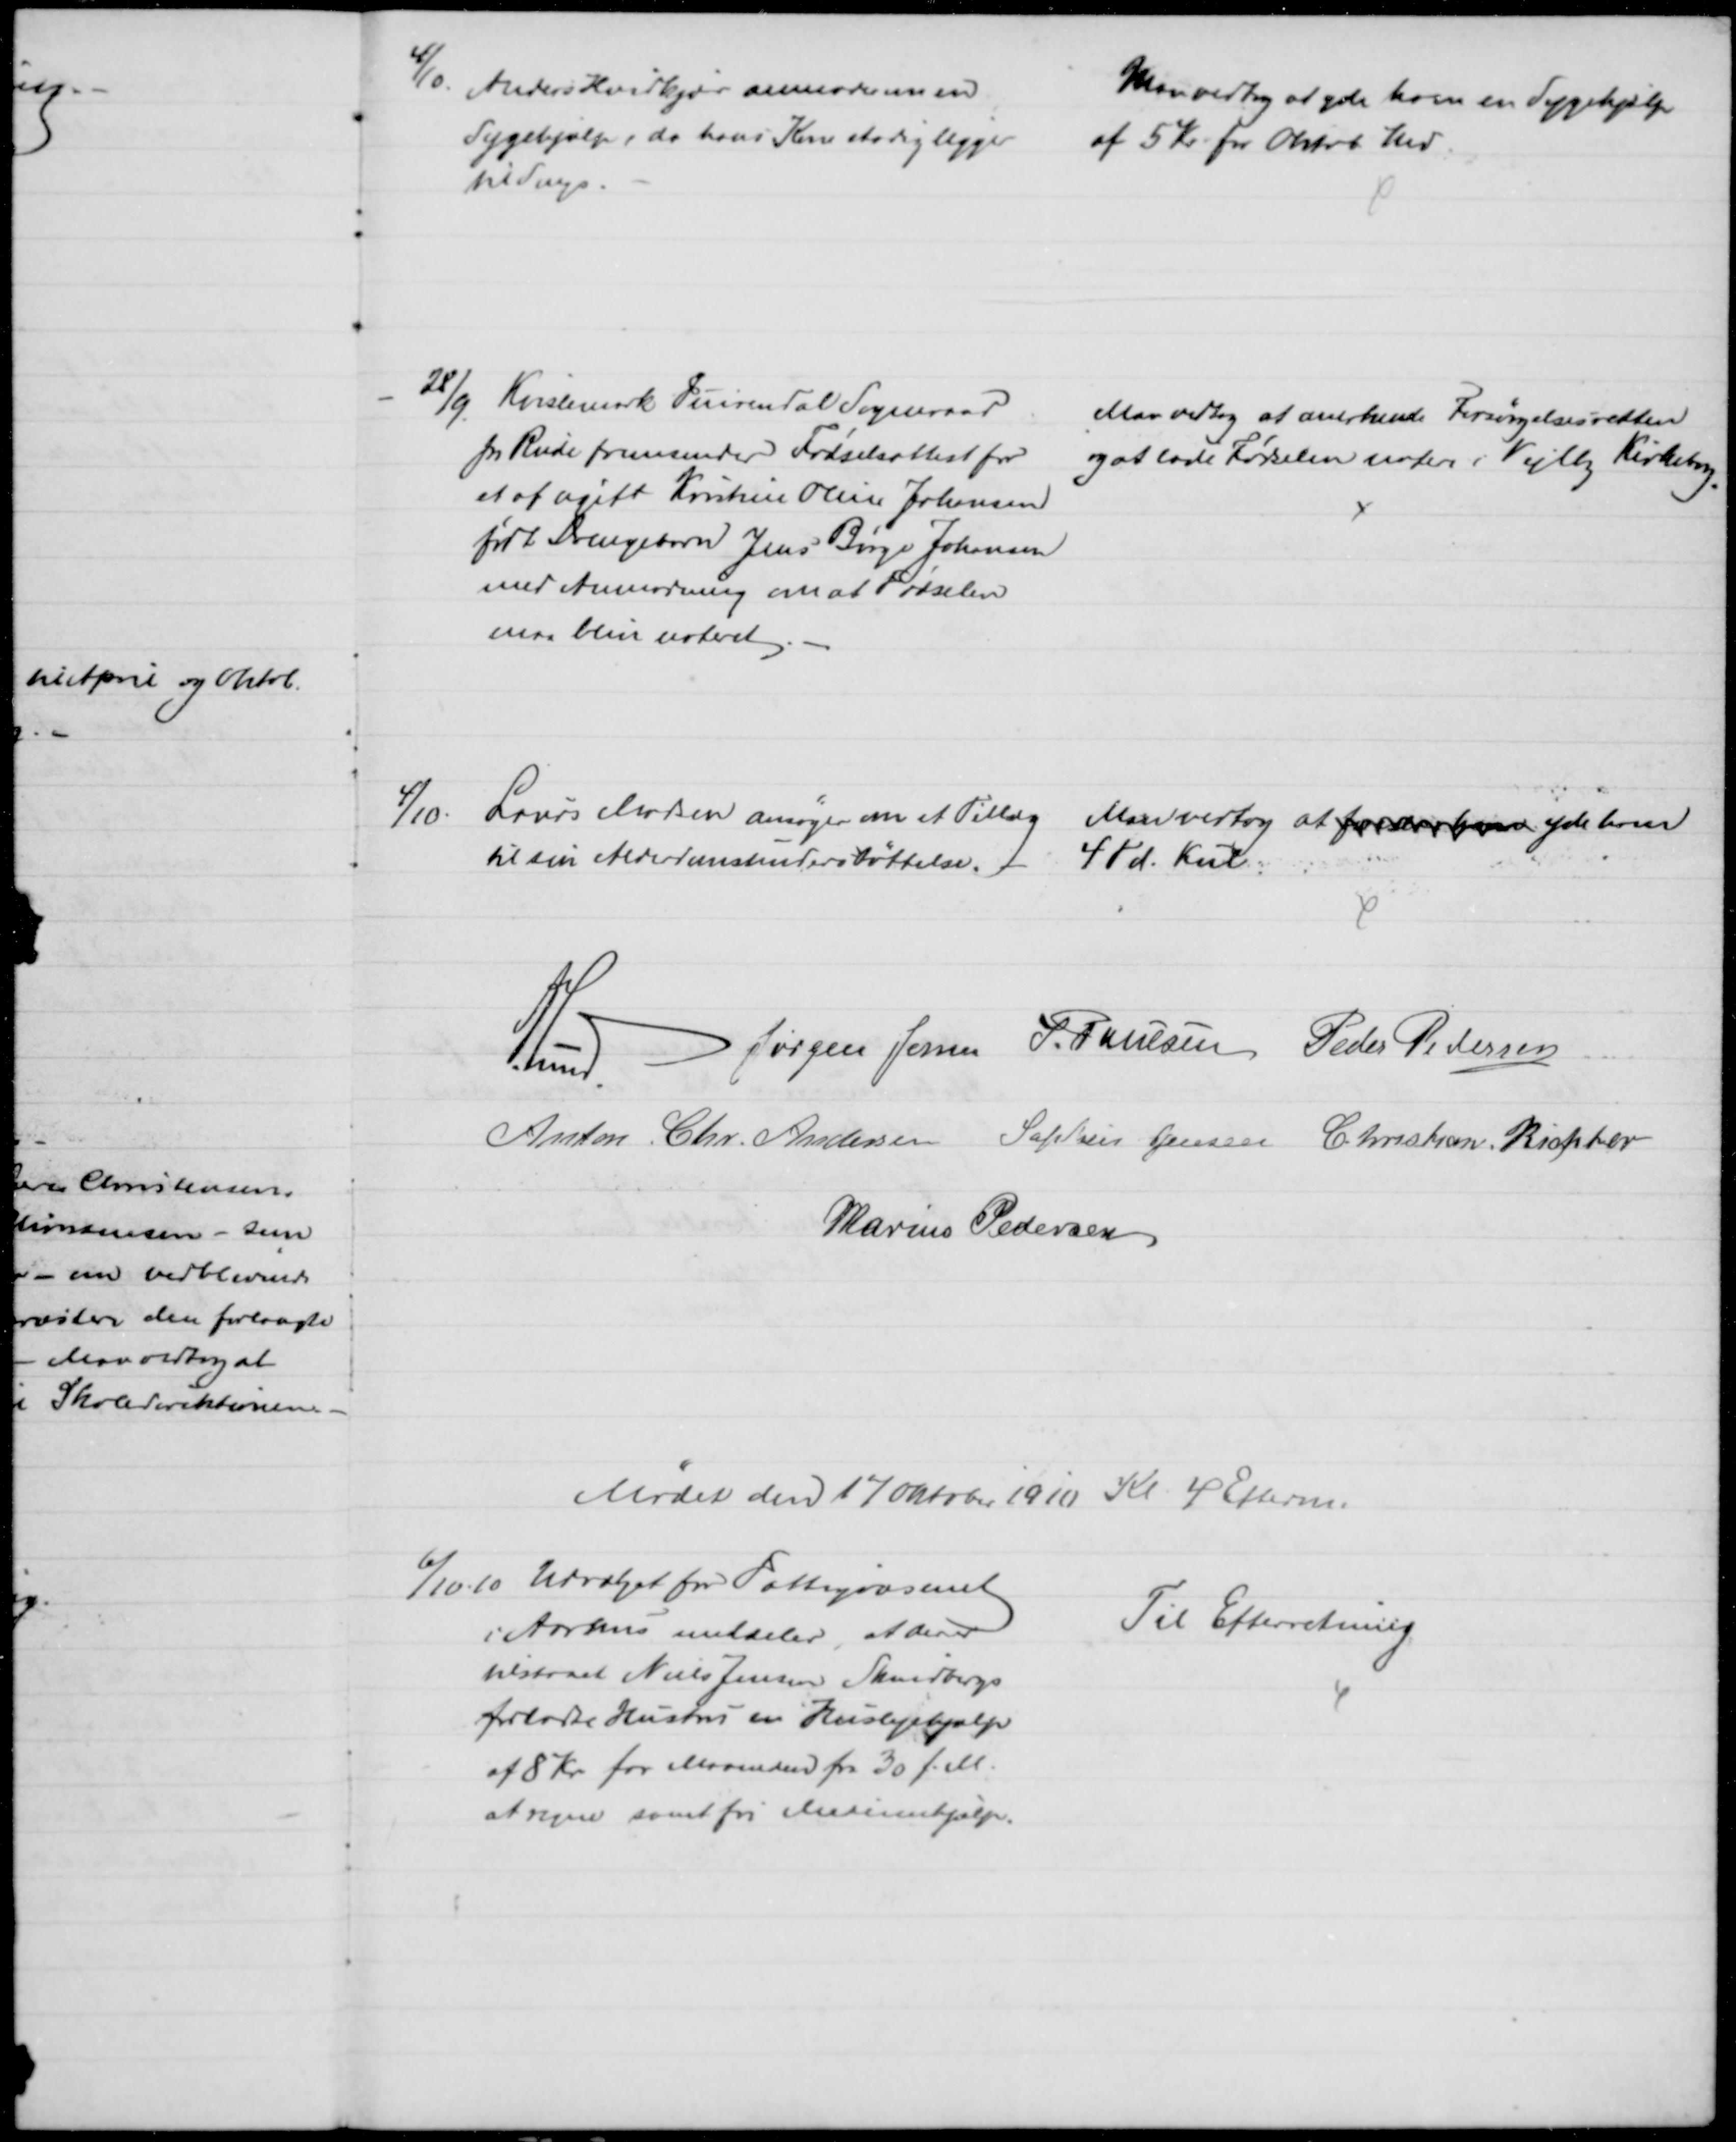
Transskription:
4/10. 
Anders Hvidkjær anmoder om en
Sygehjælp, da hans Kone stadig ligger
til Sengs.
Man vedtog at yde ham en Sygehjælp
af 5 Kr for Oktob Md.
28/9.
Kvislemark Fuirendal Sogneraad
pr Rude fremsender Fødselsattest for
et af ugift Kristine Oline Johansen
født Drengebarn Jens Børge Johansen
med Anmodning om at Fødselen
maa blive noteret
Man vedtog at anerkende Forsørgelsesretten
og at lade Fødselen notere i Vejlby Kirkebog
4/10.
Laurs Madsen ansøger om et Tillæg 
til sin Alderdomsunderstøttelse. 
Man vedtog at for ham yde ham
4 Td. Kul.
A. Lund.
Jørgen Jensen J. Poulsen Peder Pedersen
Anton Chr. Andersen Sophus Jensen Christian Richter
Marius Pedersen
Mødet den 17 Oktober 1910 Kl. 4 Efterm.
6/10. 10 Udvalget for Fattigvæsenet
i Aarhus meddeler, at der er
tilstaaet Niels Jensen Skindbergs
forladte Hustru en Huslejehjælp
af 8 Kr for Maaneden fra 30 f. M.
at regne samt fri Medicinhjælp.
Til Efterretning